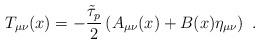
LaTeX: \begin{align*} T_{\mu\nu}(x)=-\frac{\tilde\tau_p}{2}\left(A_{\mu\nu}(x)+B(x)\eta_{\mu\nu}\right) \ .\end{align*}